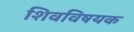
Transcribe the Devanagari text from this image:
शिवविषयक